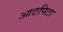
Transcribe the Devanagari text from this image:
आटपिटा